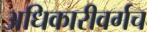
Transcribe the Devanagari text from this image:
अधिकारीवर्गच